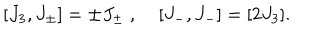
LaTeX: [ J _ { 3 } , J _ { \pm } ] = \pm J _ { \pm } \; , \; [ J _ { - } , J _ { - } ] = [ 2 J _ { 3 } ] .